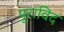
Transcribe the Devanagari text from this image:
पुराविद